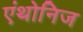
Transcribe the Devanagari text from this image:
एंथोनिज